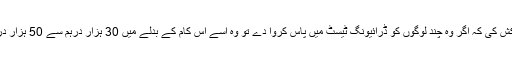
ایگزامینر نے خاتون کے بتائے گئے کیفے میں اُس سے ملاقات کی جہاں خاتون نے اُسے پیش کش کی کہ اگر وہ چند لوگوں کو ڈرائیونگ ٹیسٹ میں پاس کروا دے تو وہ اُسے اس کام کے بدلے میں 30 ہزار درہم سے 50 ہزار درہم کے درمیان رقم بطور رشوت دے گی اور یہ سارا معاملہ مکمل طور پر خفیہ رکھا جائے گا۔